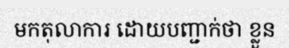
មកតុលាការ ដោយបញ្ជាក់ថា ខ្លួន